Annual report on the working of the lock hospitals in the Central Provinces
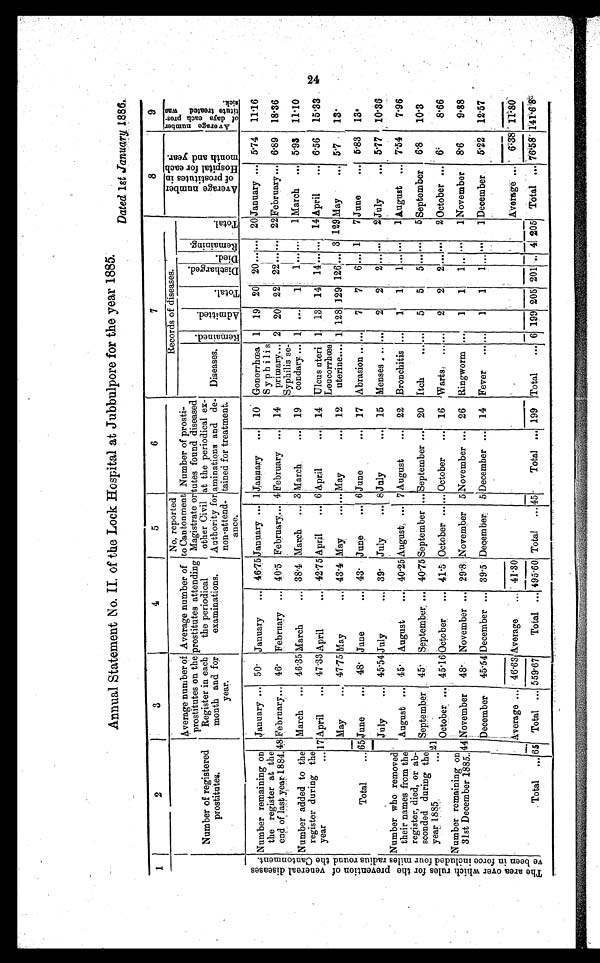
Annual Statement No. II. of the Lock Hospital at Jubbulpore for the year 1885.
Dated 1st January 1886.
1
2
3
4
5
6
7
8
9
Number of registered
prostitutes.
A v e r a g e n u m b e r o f
prostitutes on the
Register in each
month and for
year.
Average number of
prostitutes attending
the periodical
examinations.
No, reported
to Cantonment
Magistrate or
other Civil
Authority for aminations
non-attend-
ance.
Number of prosti-
tutes found diseased
at the periodical ex-
and de-
tamed for treatment.
Records of diseases.
A v e r a g e n u m b e r o f p r o s t i t u t e s i n H o s p i t a l f o r e a c h m o n t h a n d y e a r .
A v e r a g e n u m b e r o f d a y s e a c h p r o s t i t u t e t r e a t e d w a s r i c k .
Diseases.
R e m a i n e d
.
A d m i t t e d . T o t a l .
S i s c h a r g e d .
Di ed. R e m a i n i n g .
T o t a l .
T h e a r e a o v e r w h i c h r u l e s f o r t h e p r o v e n t i o n o f v e n e r a l d i s e a s e s v e b e e n i n f o r c e i n c l u d e d f o u r m i l e s r a d i u s r o u n d t h e C a n t o n m e n t .
N u m b e r r e m a i n i n g o n
the register at the
end of last year 1884.
January
. . .
50. January ... 46.75 January
. . .
1 January ... 10 Gonorrhœa
Syphilis
1. 19 20 20
...
... 20 January ... 5.74 11.16
48 February ... 46 February ... 405 February ... 4 February ... 14 primary ...
Syphilis se-
2 20 22 22 ... ... 22 February ... 6.89 18.36
Number added to the
register during the
year . . .
March ... 46.35 March... 38.4 March ... 3 March
... 19 condary ... 1 ... 1 1 ... ... 1 March ... 5.93 11.10
17 April ... 47.33 April
... 42.75 April ... 6 April
... 14 Ulcus uteri
Leucorrhœa
1 13 14 14... ..... 14 April ... 6.56 15.33
May
... 47.75 May
... 43.4 May
... May
... 12 uterine.... 1 128 129 126 ... 3 129 May
... 5.7 13.
Total
... 65 June
... 48 June
... 43 June
... 6 June
... 17 Abrasion ... . . . 7 7 6 ... 1 7 June
... 5.83 13.
July
... 45.54 July
... 39. July
... 8 July
... 15 Menses ... .....
2 2 2 ... . . . 2 July
... 5.77
1 0 . 3 6
Number who removed
their names from the
register, died, or ab-
sconded during the
year 1885
. . .
August ... 45. August ... 40.15 August, ... 7 August ... 22 Bronchitis ... 1 1 1 ... . . . 1 August ... 7.54 7.96
September 4 5 . September ... 40.75 September ... September ... 20 Itch
... ... 5 5 5 ... . . . 5 September 6.8 10.3
October ... 45.16 October ... 41.5 October ... . . . October ... 16. Warts
...
. . . 2 2
2 ... . . . 2 October ... 6.
8.66
Number remaining on
31st December 1885.. 44 November 48. November ... 29.8. November 5 November ... 26 Ringworm ... 1 1
1 ... . . . 1 November 8.6
9.88
December 45.54 December ... 39.5 December 5 December ... 14 Fever ... . . . 1 1 1 ... . . . 1 December
5.22 12.57
Average ... 46.68 Average ... 41.30
Averag e ...
6.38 11.80
Total ...
6 5
Total ... 559.67
Total ... 495.60 Total ... 4 5 Total ... 199 Total ... 6 199 205 201 .. 4 205 Total ... 76.58 141.68